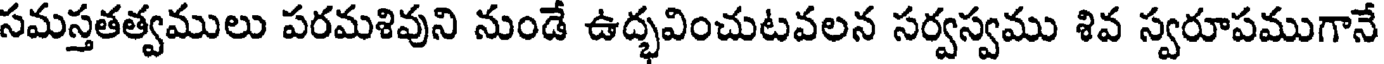
సమస్తతత్వములు పరమశివుని నుండే ఉద్భవించుటవలన సర్వస్వము శివ స్వరూపముగానే